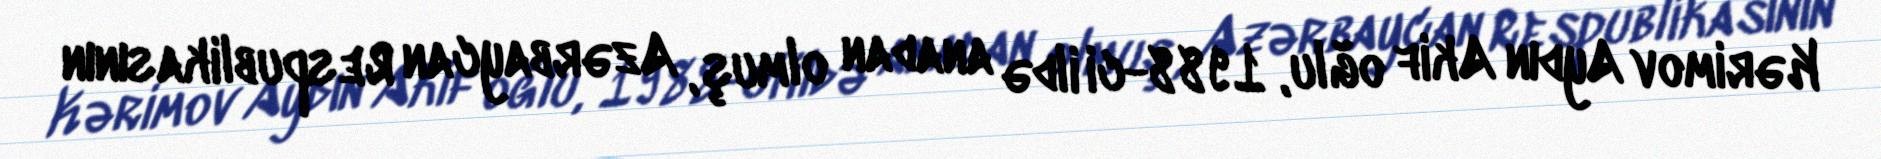
Kərimov Aydın Akif oğlu, 1988-ci ildə anadan olmuş, Azərbaycan Respublikasının